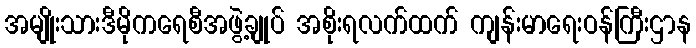
အမျိုးသားဒီမိုကရေစီအဖွဲ့ချုပ် အစိုးရလက်ထက် ကျန်းမာရေးဝန်ကြီးဌာန